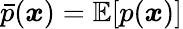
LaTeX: \bar{p}(\boldsymbol{x})=\mathbb{E}[p(\boldsymbol{x})]